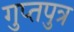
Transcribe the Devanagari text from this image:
गुप्तपुत्र